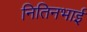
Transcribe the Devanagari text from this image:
नितिनभाई